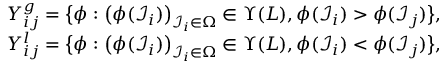
\begin{array} { r l } & { Y _ { i j } ^ { g } = \big \{ \phi : \big ( \phi ( \mathcal { I } _ { i } ) \big ) _ { \mathcal { I } _ { i } \in \Omega } \in \Upsilon ( L ) , \phi ( \mathcal { I } _ { i } ) > \phi ( \mathcal { I } _ { j } ) \big \} , } \\ & { Y _ { i j } ^ { l } = \big \{ \phi : \big ( \phi ( \mathcal { I } _ { i } ) \big ) _ { \mathcal { I } _ { i } \in \Omega } \in \Upsilon ( L ) , \phi ( \mathcal { I } _ { i } ) < \phi ( \mathcal { I } _ { j } ) \big \} , } \end{array}